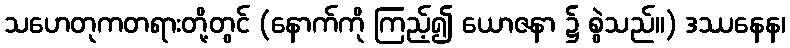
သဟေတုကတရားတို့တွင် (နောက်ကို ကြည့်၍ ယောဇနာ ၌ စွဲသည်။) ဒဿနေန၊